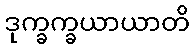
ဒုက္ခက္ခယာယာတိ